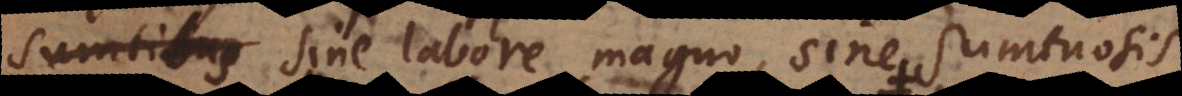
veritas sine labore magno, sine sumtuosis